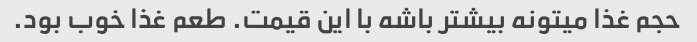
حجم غذا میتونه بیشتر باشه با این قیمت. طعم غذا خوب بود.